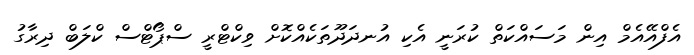
އެފްއޭއެމް އިން މަސައްކަތް ކުރަނީ އެކި އުނދަދޫތަކެއްކޮށް ވިކްޓްރީ ސްޕޯޓްސް ކްލަބް ދިރާގު